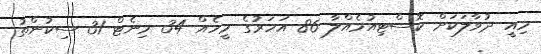
މިއީ ދުވާލަކަށް ކޮސްޓިއުމެއްލާ 86 އަހަރުގެ މީހެއް 34 މިނެޓް 31 ސިކުންތު